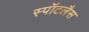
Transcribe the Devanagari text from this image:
स्पॉटलैस